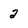
Character: 2